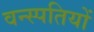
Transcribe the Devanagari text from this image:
वन्स्पतियों